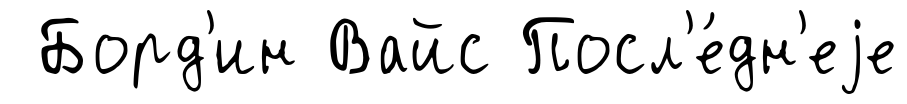
Борд'ин Вайс Посл'е́дн'еjе